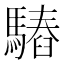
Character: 𩥫